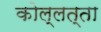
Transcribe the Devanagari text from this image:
कोल्लत्ता